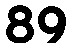
89